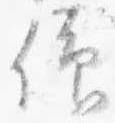
仰